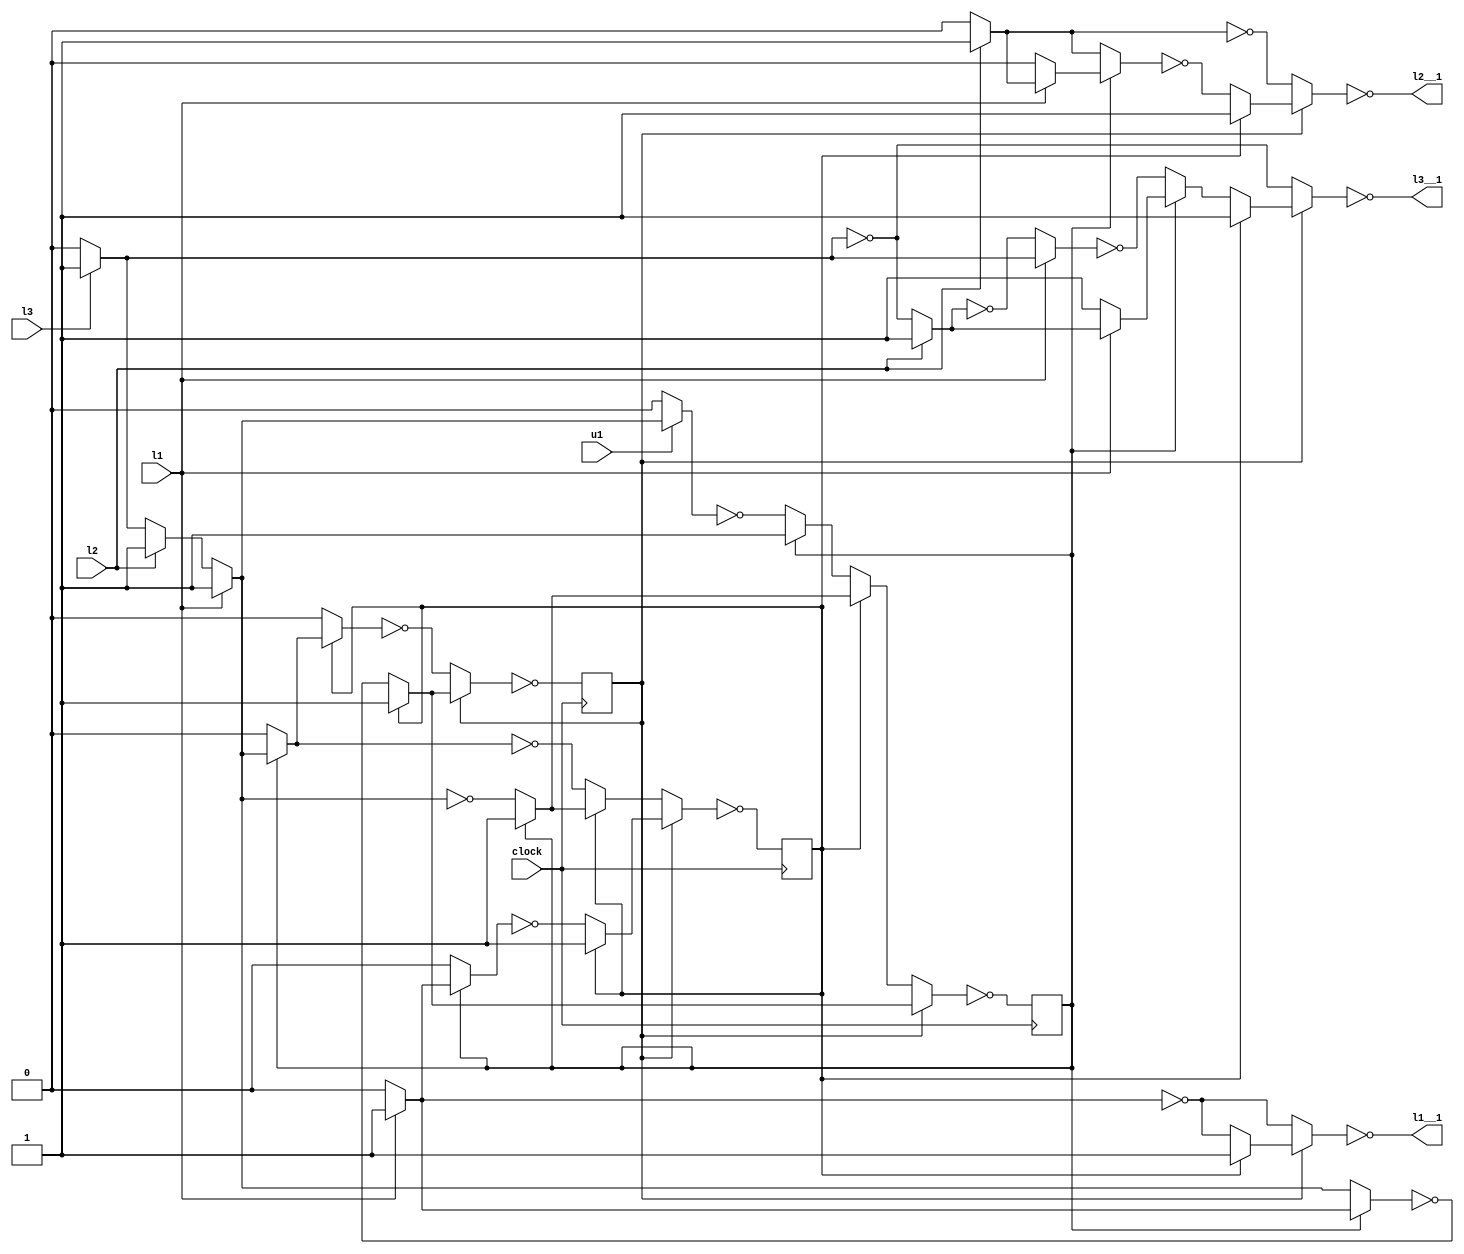
module shield(clock, u1, l1, l2, l3, l1__1, l2__1, l3__1);
  input clock;
  input u1;
  input l1;
  input l2;
  input l3;
  output l1__1;
  output l2__1;
  output l3__1;

  wire s0n;
  wire s1n;
  wire s2n;
  wire tmp1;
  wire tmp2;
  wire tmp3;
  wire tmp4;
  wire tmp5;
  wire tmp6;
  wire tmp7;
  wire tmp8;
  wire tmp9;
  wire tmp10;
  wire tmp11;
  wire tmp12;
  wire tmp13;
  wire tmp14;
  wire tmp15;
  wire tmp16;
  wire tmp17;
  wire tmp18;
  wire tmp19;
  wire tmp20;
  wire tmp21;
  wire tmp22;
  wire tmp23;
  wire tmp24;
  wire tmp25;
  wire tmp26;
  wire tmp27;
  wire tmp28;
  wire tmp29;
  wire tmp30;
  wire tmp31;
  wire tmp32;
  wire tmp33;
  wire tmp34;
  wire tmp35;
  wire tmp36;
  wire tmp37;
  wire tmp38;
  wire tmp39;
  wire tmp40;
  wire tmp41;
  wire tmp42;
  wire tmp43;
  wire tmp44;
  wire tmp45;
  wire tmp46;
  wire tmp47;
  wire tmp48;
  wire tmp49;
  wire tmp50;

  reg s0;
  reg s1;
  reg s2;

  assign tmp3 = ~(l1 ? 1 : 0);
  assign tmp2 = s1 ? 1 : tmp3;
  assign tmp1 = ~(s2 ? tmp2 : tmp3);
  assign l1__1 = tmp1;

  assign tmp8 = l2 ? 1 : 0;
  assign tmp7 = l1 ? tmp8 : 0;
  assign tmp6 = ~(s0 ? tmp7 : tmp8);
  assign tmp5 = s1 ? 1 : tmp6;
  assign tmp9 = ~(l2 ? 1 : 0);
  assign tmp4 = ~(s2 ? tmp5 : tmp9);
  assign l2__1 = tmp4;

  assign tmp15 = ~(l3 ? 1 : 0);
  assign tmp14 = l2 ? 1 : tmp15;
  assign tmp13 = l1 ? tmp14 : 1;
  assign tmp17 = l3 ? 1 : 0;
  assign tmp18 = ~(l2 ? 1 : tmp15);
  assign tmp16 = ~(l1 ? tmp17 : tmp18);
  assign tmp12 = s0 ? tmp13 : tmp16;
  assign tmp11 = s1 ? 1 : tmp12;
  assign tmp10 = ~(s2 ? tmp11 : tmp15);
  assign l3__1 = tmp10;

  assign tmp22 = l1 ? 1 : 0;
  assign tmp25 = l3 ? 1 : 0;
  assign tmp24 = l2 ? 1 : tmp25;
  assign tmp23 = l1 ? 1 : tmp24;
  assign tmp21 = ~(s0 ? tmp22 : tmp23);
  assign tmp20 = s1 ? 1 : tmp21;
  assign tmp27 = s0 ? tmp23 : 0;
  assign tmp26 = ~(s1 ? tmp27 : 0);
  assign tmp19 = ~(s2 ? tmp20 : tmp26);
  assign s2n = tmp19;

  assign tmp31 = l1 ? 1 : 0;
  assign tmp30 = ~(s0 ? tmp31 : 0);
  assign tmp29 = s1 ? 1 : tmp30;
  assign tmp36 = l3 ? 1 : 0;
  assign tmp35 = l2 ? 1 : tmp36;
  assign tmp34 = ~(l1 ? 1 : tmp35);
  assign tmp33 = s0 ? 1 : tmp34;
  assign tmp38 = l1 ? 1 : tmp35;
  assign tmp37 = ~(s0 ? tmp38 : 0);
  assign tmp32 = s1 ? tmp33 : tmp37;
  assign tmp28 = ~(s2 ? tmp29 : tmp32);
  assign s1n = tmp28;

  assign tmp42 = l1 ? 1 : 0;
  assign tmp45 = l3 ? 1 : 0;
  assign tmp44 = l2 ? 1 : tmp45;
  assign tmp43 = l1 ? 1 : tmp44;
  assign tmp41 = ~(s0 ? tmp42 : tmp43);
  assign tmp40 = s1 ? 1 : tmp41;
  assign tmp48 = ~(l1 ? 1 : tmp44);
  assign tmp47 = s0 ? 1 : tmp48;
  assign tmp50 = ~(u1 ? tmp43 : 0);
  assign tmp49 = s0 ? 1 : tmp50;
  assign tmp46 = s1 ? tmp47 : tmp49;
  assign tmp39 = ~(s2 ? tmp40 : tmp46);
  assign s0n = tmp39;

  initial
   begin
    s0 = 0;
    s1 = 0;
    s2 = 0;
   end

  always @(posedge clock)
   begin
    s0 = s0n;
    s1 = s1n;
    s2 = s2n;
   end
endmodule